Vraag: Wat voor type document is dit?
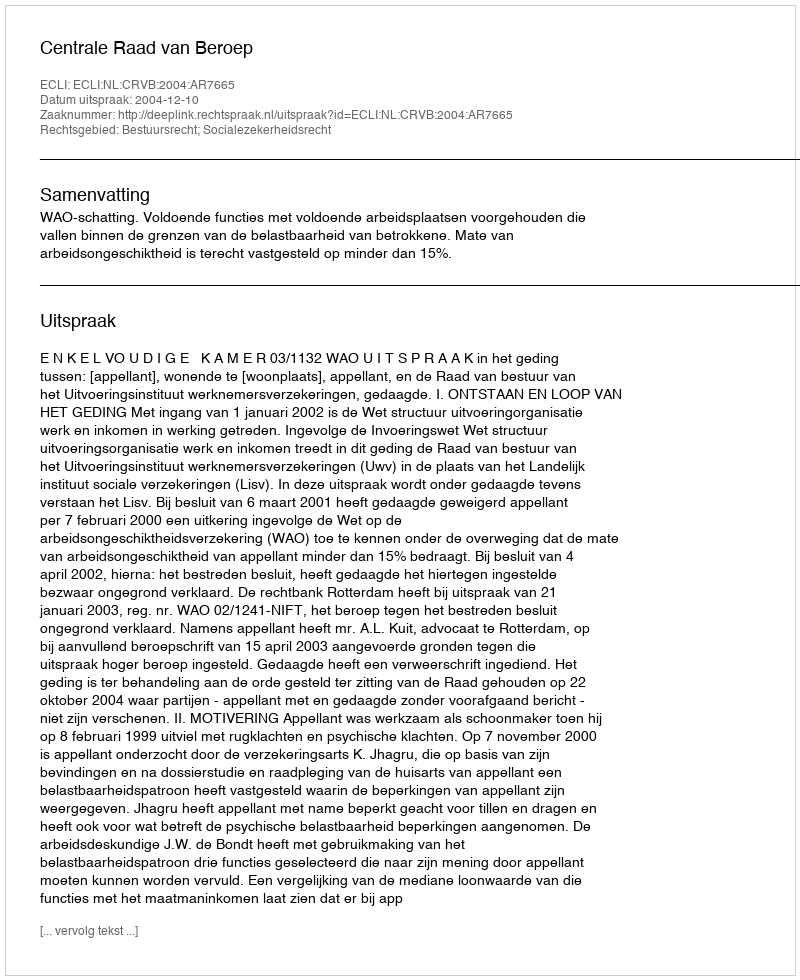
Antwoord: Uitspraak